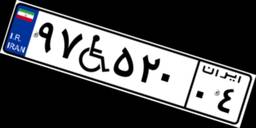
۱۰W۷۶۰۵۱